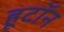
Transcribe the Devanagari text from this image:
हूटॉन